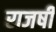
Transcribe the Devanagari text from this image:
राजषी